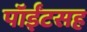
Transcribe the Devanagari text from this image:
पॉईंटसह